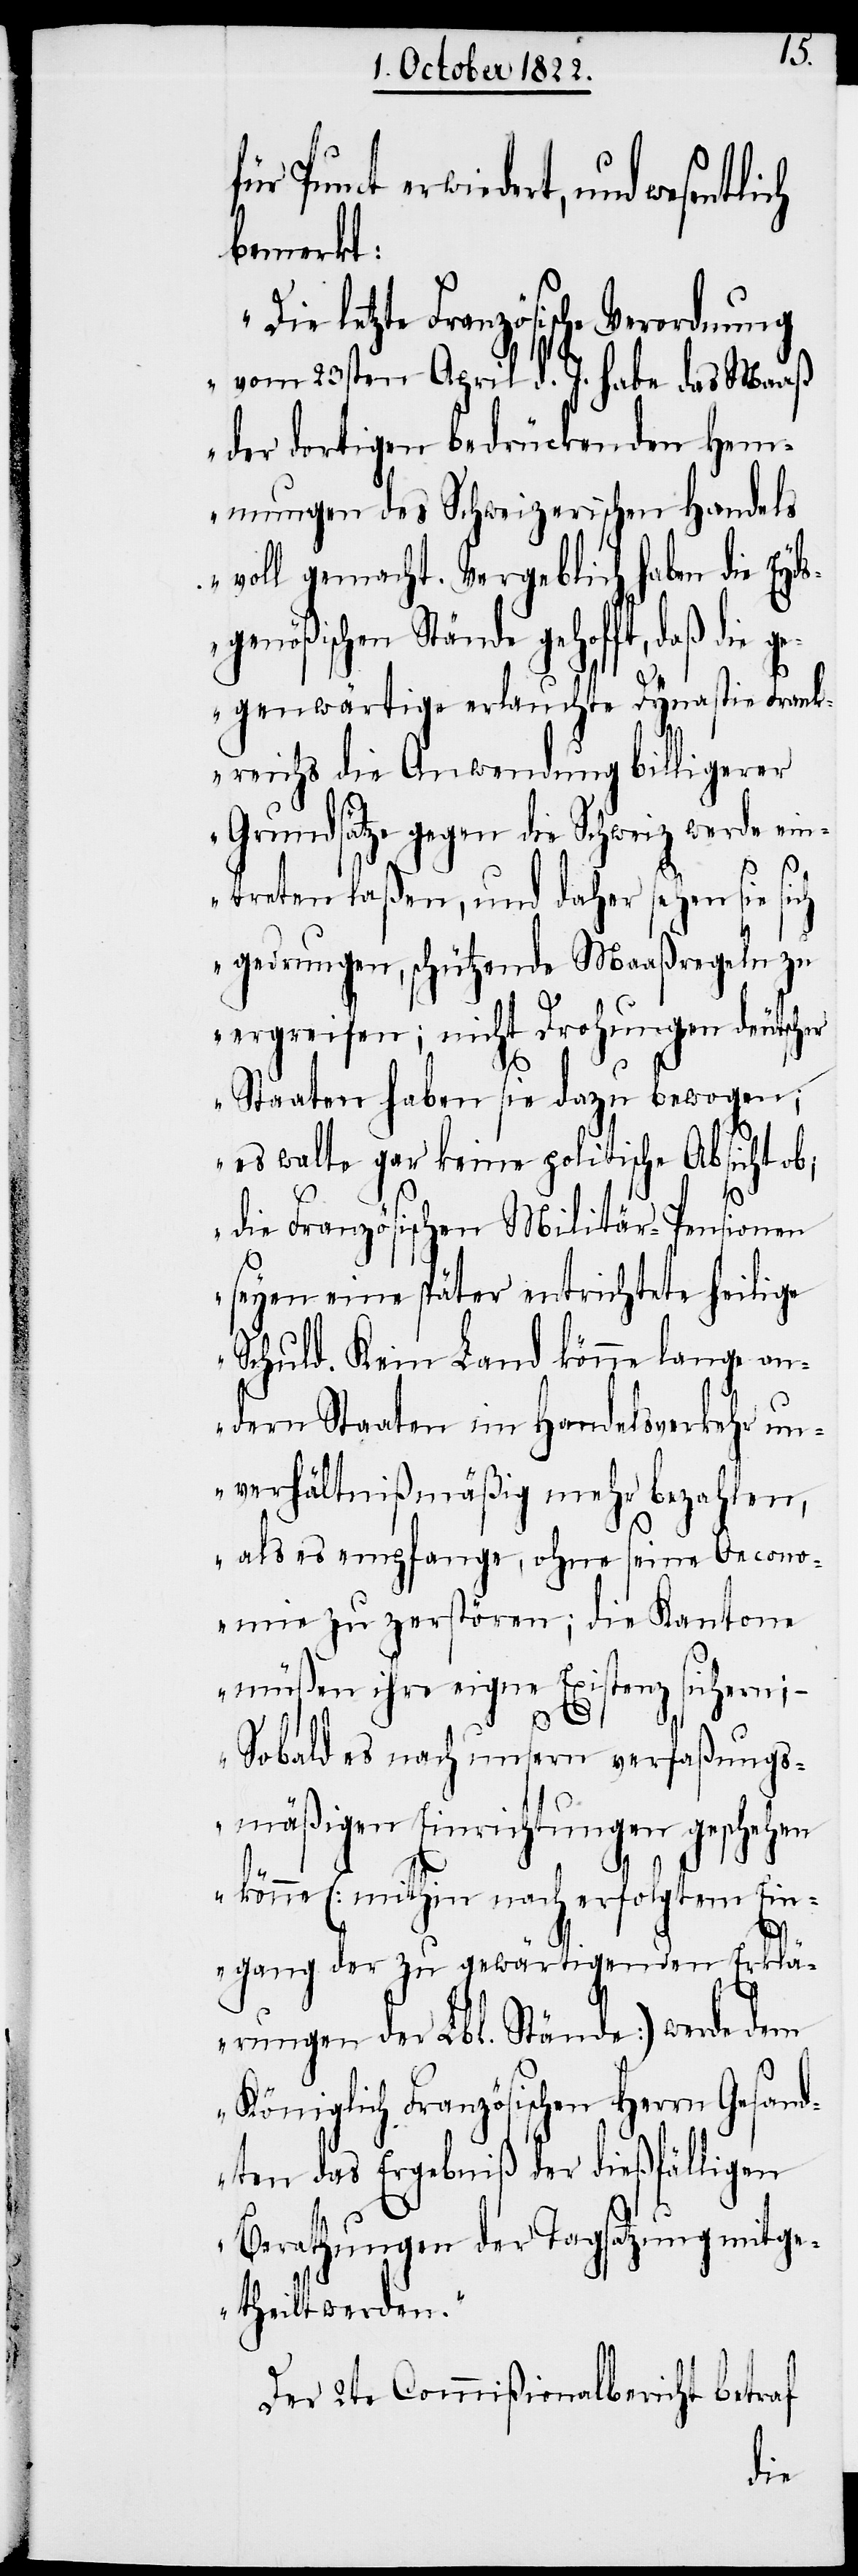
für Punct erwiedert, und
bemerkt:
letzte Französische Verordnung
vom 23sten April d. J. habe das Maaß
der dortigen bedrückenden Hem¬
mungen des Schweizerischen Handels
voll gemacht. Vergeblich haben die Eyds¬
genößischen Stände gehofft, daß die ge¬
genwärtige erlauchte Dynastie Frank¬
reichs die Anwendung billigerer
Grundsätze gegen die Schweiz werde ein¬
treten laßen, und daher sehen sie
gedrungen, schützende Maaßregeln zu
ergreifen; nicht Drohungen deutscher
Staaten haben sie dazu bewogen;
es walte gar keine politische Absicht ob;
die Französischen Militär-Pensionen
seyen eine später entrichtete heilige
Schuld. Kein Land könne lange an¬
dern Staaten im Handelsverkehr un¬
verhältnißmäßig mehr bezahlen,
als es empfange, ohne seine Oecono¬
mie zu zerstören; die Kantone
müßen ihre eigne Existenz sichern; –
Sobald es nach unsern verfaßungs¬
mäßigen Einrichtungen geschehen
könne (mithin nach erfolgtem Ein¬
gang der zu gewärtigenden Erklä¬
rungen der Lbl. Stände) werde dem
Königlich Französischen Herrn Gesand¬
ten das Ergebniß der dießfälligen
Berathungen der Tagsatzung mitge¬
theilt werden.“
Der 2te Commißionalbericht betraf